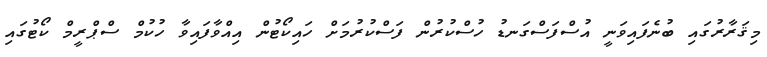
މިޤަރާރުގައި ބުނެފައިވަނީ އުސްފަސްގަނޑު ހުސްކުރުން ފަސްކުރުމަށް ހައިކޯޓުން އިއްވާފައިވާ ހުކުމް ސްޕްރީމް ކޯޓުގައި